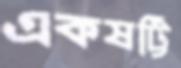
একষট্টি